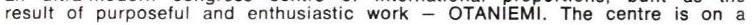
result of purposeful and enthusiastic work - OTANIEMI. The centre is on a